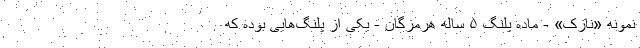
نمونه «نازک» - ماده پلنگ ۵ ساله هرمزگان - یکی از پلنگ‌هایی بوده که